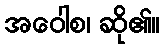
အဝေါစ၊ ဆို၏။